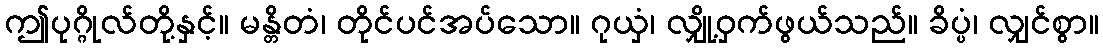
ဤပုဂ္ဂိုလ်တို့နှင့်။ မန္တိတံ၊ တိုင်ပင်အပ်သော။ ဂုယှံ၊ လျှို့ဝှက်ဖွယ်သည်။ ခိပ္ပံ၊ လျှင်စွာ။